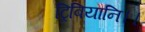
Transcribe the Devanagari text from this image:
ट्रिबियानि।।